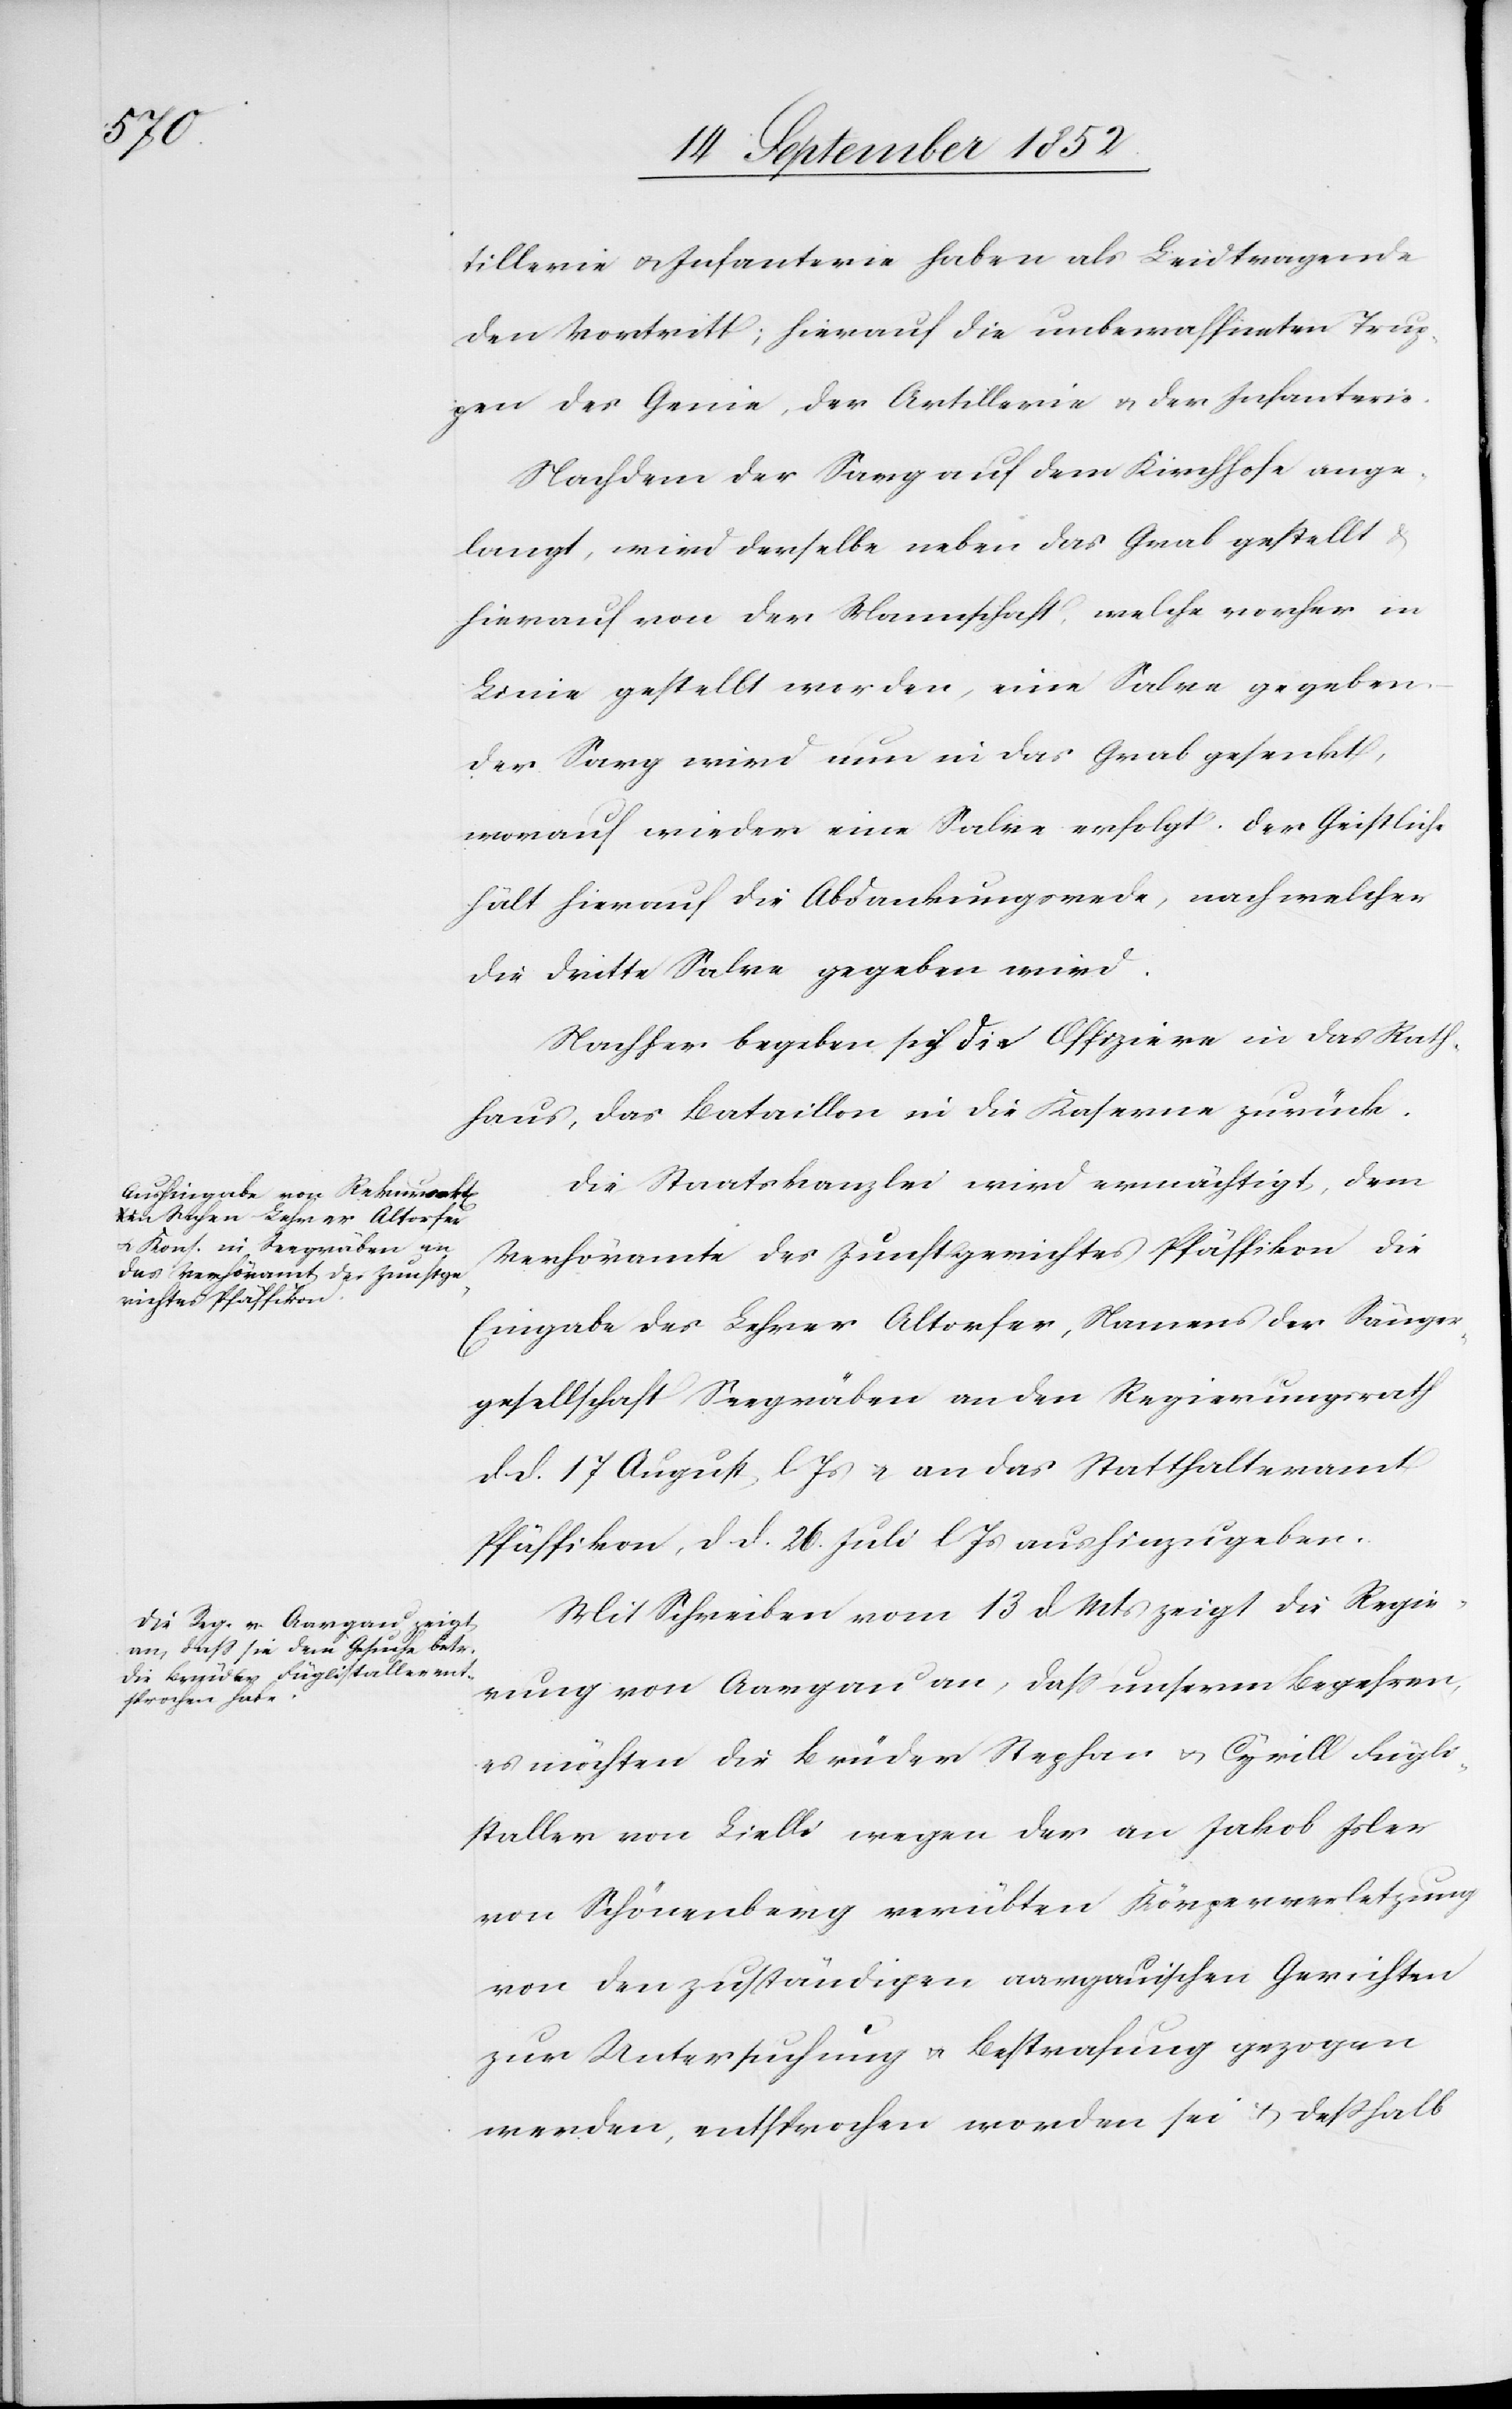
tillerie & Infanterie haben als Leidtragende
den Vortritt; hierauf die unbewaffneten Trup¬
pen des Genie, der Artillerie & der Infanterie.
Nachdem der Sarg auf dem Kirchhofe ange¬
langt, wird derselbe neben das Grab gestellt
hierauf von der Mannschaft, welche vorher in
Linie gestellt worden, eine Salve gegeben
Der Sarg wird nun in das Grab gesenkt,
worauf wieder eine Salve erfolgt. Der Geistliche
hält hierauf die Abdankungsrede, nach welcher
die dritte Salve gegeben wird.
Nachher begeben sich die Offiziere in das Rath¬
haus, das Bataillon in die Kaserne zurück.
Die Staatskanzlei wird ermächtigt, dem
Verhöramte des Zunftgerichtes Pfäffikon die
Eingabe des Lehrer Altorfer, Namens der Sänger¬
gesellschaft Seegräben an den Regierungsrath
d d. 17 August l. Js & an das Statthalteramt
Pfäffikon, d d. 26. Juli l Js aushinzugeben.
Mit Schreiben vom 13 d Mts zeigt die Regie¬
rung von Aargau an, dass unserm Begehren,
es möchten die Brüder Stephan & Cyrill Fügli¬
staller von Lielli wegen der an Jakob Isler
von Schönenberg verübten Körperverletzung
von den zuständigen aargauischen Gerichten
zur Untersuchung & Bestrafung gezogen
werden, entsprochen worden sei & deßhalb